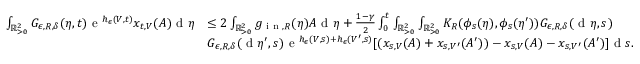
\begin{array} { r l } { \int _ { \mathbb { R } _ { > 0 } ^ { 2 } } G _ { \epsilon , R , \delta } ( \eta , t ) \textup { e } ^ { h _ { \epsilon } ( V , t ) } x _ { t , V } ( A ) \textup { d } \eta } & { \leq 2 \int _ { \mathbb { R } _ { > 0 } ^ { 2 } } g _ { \textup { i n } , R } ( \eta ) A \textup { d } \eta + \frac { 1 - \gamma } { 2 } \int _ { 0 } ^ { t } \int _ { \mathbb { R } _ { > 0 } ^ { 2 } } \int _ { \mathbb { R } _ { > 0 } ^ { 2 } } K _ { R } ( \phi _ { s } ( \eta ) , \phi _ { s } ( \eta ^ { \prime } ) ) G _ { \epsilon , R , \delta } ( \textup { d } \eta , s ) } \\ & { G _ { \epsilon , R , \delta } ( \textup { d } \eta ^ { \prime } , s ) \textup { e } ^ { h _ { \epsilon } ( V , s ) + h _ { \epsilon } ( V ^ { \prime } , s ) } [ ( x _ { s , V } ( A ) + x _ { s , V ^ { \prime } } ( A ^ { \prime } ) ) - x _ { s , V } ( A ) - x _ { s , V ^ { \prime } } ( A ^ { \prime } ) ] \textup { d } s . } \end{array}